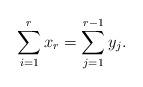
LaTeX: \begin{align*} \sum_{i=1}^r x_r = \sum_{j=1}^{r-1} y_{j}.\end{align*}